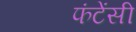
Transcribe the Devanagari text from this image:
फंटेंसी